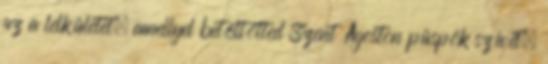
az a lelkületet, amellyel betöltötted Szent Ágoston püspök szívét,